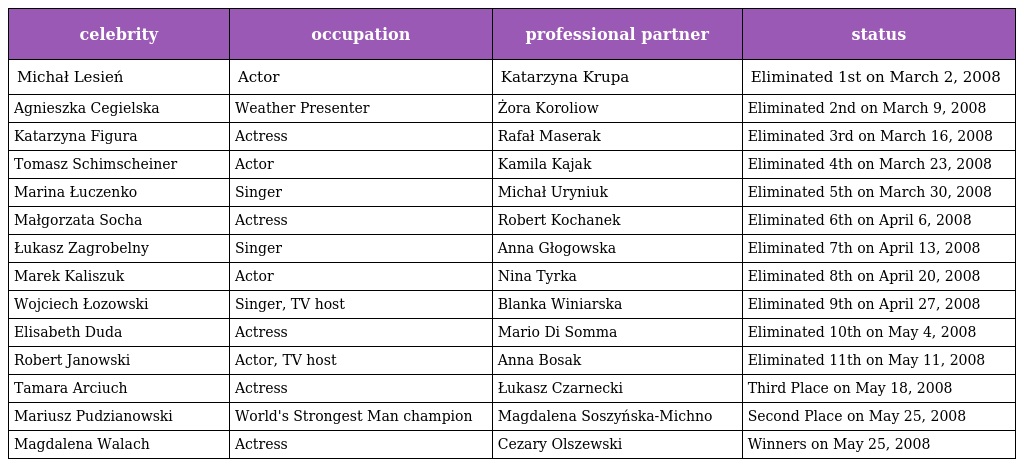
| celebrity | occupation | professional partner | status |
 | --- | --- | --- | --- |
 | Michał Lesień | Actor | Katarzyna Krupa | Eliminated 1st on March 2, 2008 |
 | Agnieszka Cegielska | Weather Presenter | Żora Koroliow | Eliminated 2nd on March 9, 2008 |
 | Katarzyna Figura | Actress | Rafał Maserak | Eliminated 3rd on March 16, 2008 |
 | Tomasz Schimscheiner | Actor | Kamila Kajak | Eliminated 4th on March 23, 2008 |
 | Marina Łuczenko | Singer | Michał Uryniuk | Eliminated 5th on March 30, 2008 |
 | Małgorzata Socha | Actress | Robert Kochanek | Eliminated 6th on April 6, 2008 |
 | Łukasz Zagrobelny | Singer | Anna Głogowska | Eliminated 7th on April 13, 2008 |
 | Marek Kaliszuk | Actor | Nina Tyrka | Eliminated 8th on April 20, 2008 |
 | Wojciech Łozowski | Singer, TV host | Blanka Winiarska | Eliminated 9th on April 27, 2008 |
 | Elisabeth Duda | Actress | Mario Di Somma | Eliminated 10th on May 4, 2008 |
 | Robert Janowski | Actor, TV host | Anna Bosak | Eliminated 11th on May 11, 2008 |
 | Tamara Arciuch | Actress | Łukasz Czarnecki | Third Place on May 18, 2008 |
 | Mariusz Pudzianowski | World's Strongest Man champion | Magdalena Soszyńska-Michno | Second Place on May 25, 2008 |
 | Magdalena Walach | Actress | Cezary Olszewski | Winners on May 25, 2008 |